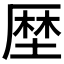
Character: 𠪖